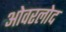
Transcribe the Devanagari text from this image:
ओवरलोद